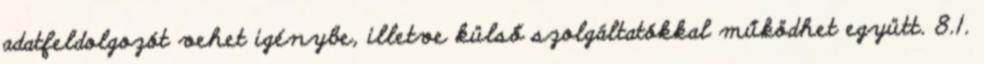
adatfeldolgozót vehet igénybe, illetve külső szolgáltatókkal működhet együtt. 8.1.